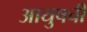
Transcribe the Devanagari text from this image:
आयुषची